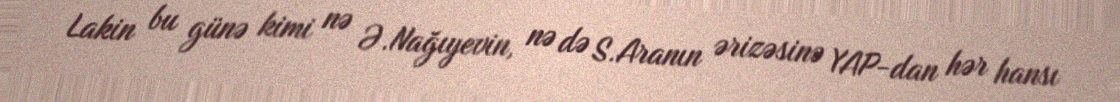
Lakin bu günə kimi nə Ə.Nağıyevin, nə də S.Aranın ərizəsinə YAP-dan hər hansı